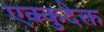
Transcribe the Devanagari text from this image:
एक्कुदेक्त